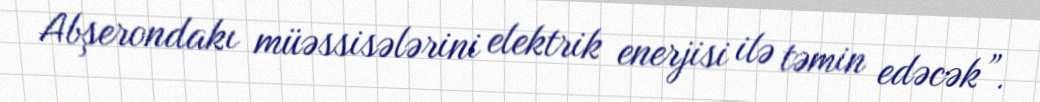
Abşerondakı müəssisələrini elektrik enerjisi ilə təmin edəcək”.